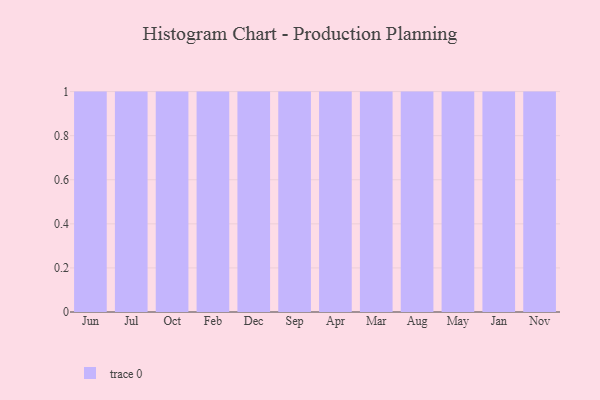
{"axis": {"x": "Month", "y": "Demand Index"}, "legend": [""], "data": [{"x": "Jun", "y": 27, "type": ""}, {"x": "Jul", "y": 78, "type": ""}, {"x": "Oct", "y": 22, "type": ""}, {"x": "Feb", "y": 96, "type": ""}, {"x": "Dec", "y": 27, "type": ""}, {"x": "Sep", "y": 64, "type": ""}, {"x": "Apr", "y": 76, "type": ""}, {"x": "Mar", "y": 28, "type": ""}, {"x": "Aug", "y": 7, "type": ""}, {"x": "May", "y": 45, "type": ""}, {"x": "Jan", "y": 4, "type": ""}, {"x": "Nov", "y": 63, "type": ""}]}